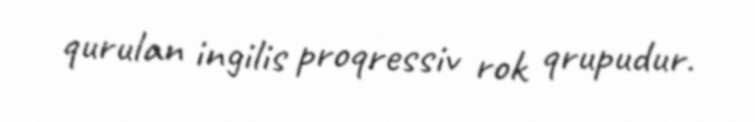
qurulan ingilis proqressiv rok qrupudur.